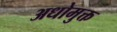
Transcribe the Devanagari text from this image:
अधोमुक्त